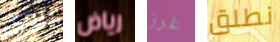
ينوى رياض غرز نطلق